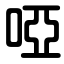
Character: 啞